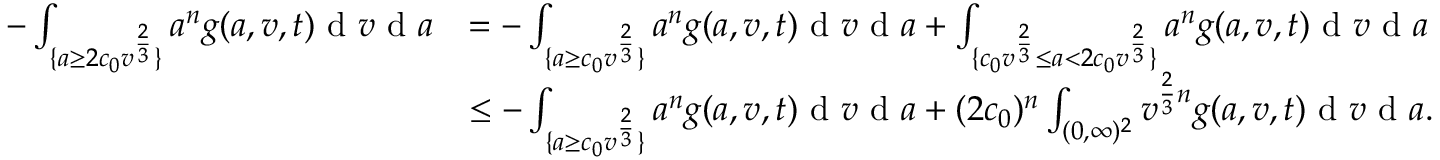
\begin{array} { r l } { - \int _ { \{ a \geq 2 c _ { 0 } v ^ { \frac { 2 } { 3 } } \} } a ^ { n } g ( a , v , t ) \textup { d } v \textup { d } a } & { = - \int _ { \{ a \geq c _ { 0 } v ^ { \frac { 2 } { 3 } } \} } a ^ { n } g ( a , v , t ) \textup { d } v \textup { d } a + \int _ { \{ c _ { 0 } v ^ { \frac { 2 } { 3 } } \leq a < 2 c _ { 0 } v ^ { \frac { 2 } { 3 } } \} } a ^ { n } g ( a , v , t ) \textup { d } v \textup { d } a } \\ & { \leq - \int _ { \{ a \geq c _ { 0 } v ^ { \frac { 2 } { 3 } } \} } a ^ { n } g ( a , v , t ) \textup { d } v \textup { d } a + ( 2 c _ { 0 } ) ^ { n } \int _ { ( 0 , \infty ) ^ { 2 } } v ^ { \frac { 2 } { 3 } n } g ( a , v , t ) \textup { d } v \textup { d } a . } \end{array}